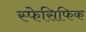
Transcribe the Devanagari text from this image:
स्फेसिफिक